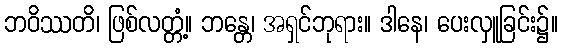
ဘဝိဿတိ၊ ဖြစ်လတ္တံ့။ ဘန္တေ၊ အရှင်ဘုရား။ ဒါနေ၊ ပေးလှူခြင်း၌။